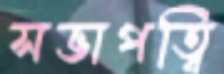
সভাপত্বি